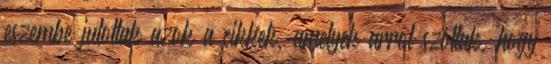
eszembe jutottak azok a cikkek, amelyek arról szóltak, hogy